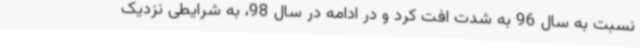
نسبت به سال 96 به شدت افت کرد و در ادامه در سال 98، به شرایطی نزدیک